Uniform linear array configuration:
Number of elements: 4
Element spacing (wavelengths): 1
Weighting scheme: hamming
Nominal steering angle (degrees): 60
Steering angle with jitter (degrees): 58.653
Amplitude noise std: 0.05
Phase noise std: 0.05

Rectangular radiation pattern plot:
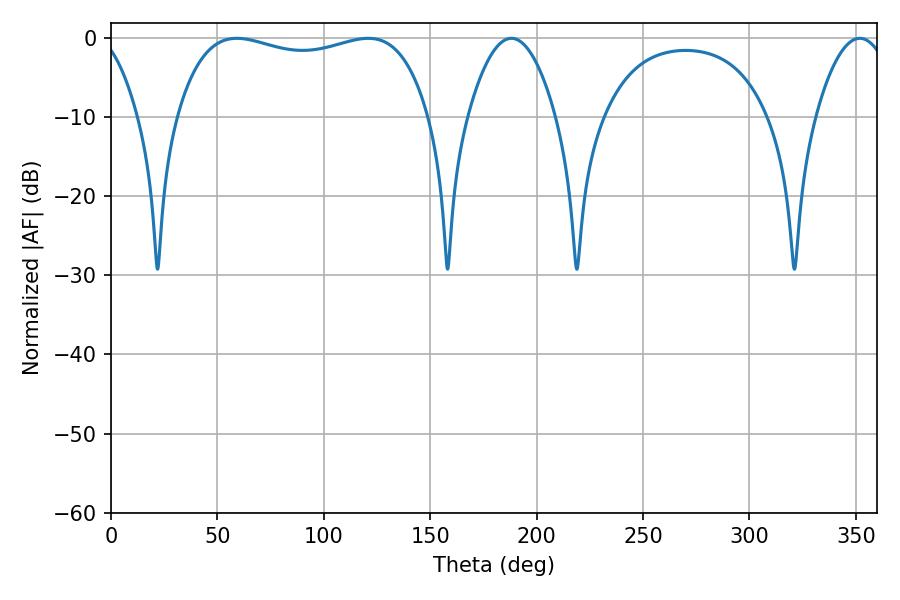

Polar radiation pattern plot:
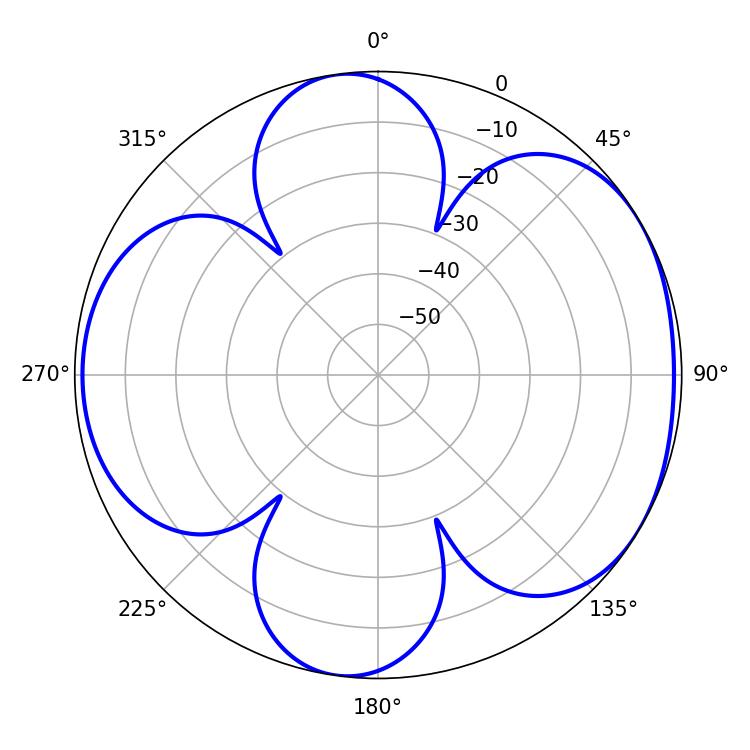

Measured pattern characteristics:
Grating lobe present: TRUE
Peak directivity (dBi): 5.307
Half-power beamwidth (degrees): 96.48
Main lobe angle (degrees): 59.04